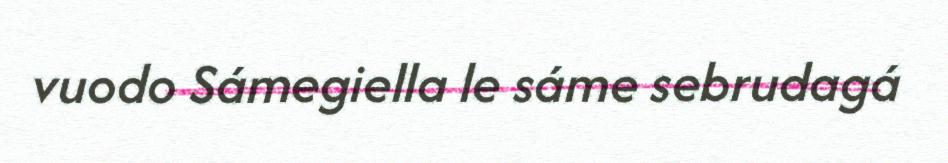
vuodo Sámegiella le sáme sebrudagá